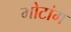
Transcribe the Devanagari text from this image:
मोटांग